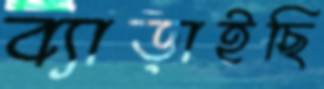
ব্যাড়াইছি